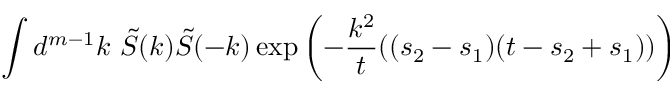
\int d ^ { m - 1 } k \ \tilde { S } ( k ) \tilde { S } ( - k ) \exp \left( - \frac { k ^ { 2 } } { t } ( ( s _ { 2 } - s _ { 1 } ) ( t - s _ { 2 } + s _ { 1 } ) ) \right)